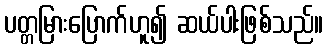
ပတ္တမြားပြောက်ဟူ၍ ဆယ်ပါးဖြစ်သည်။